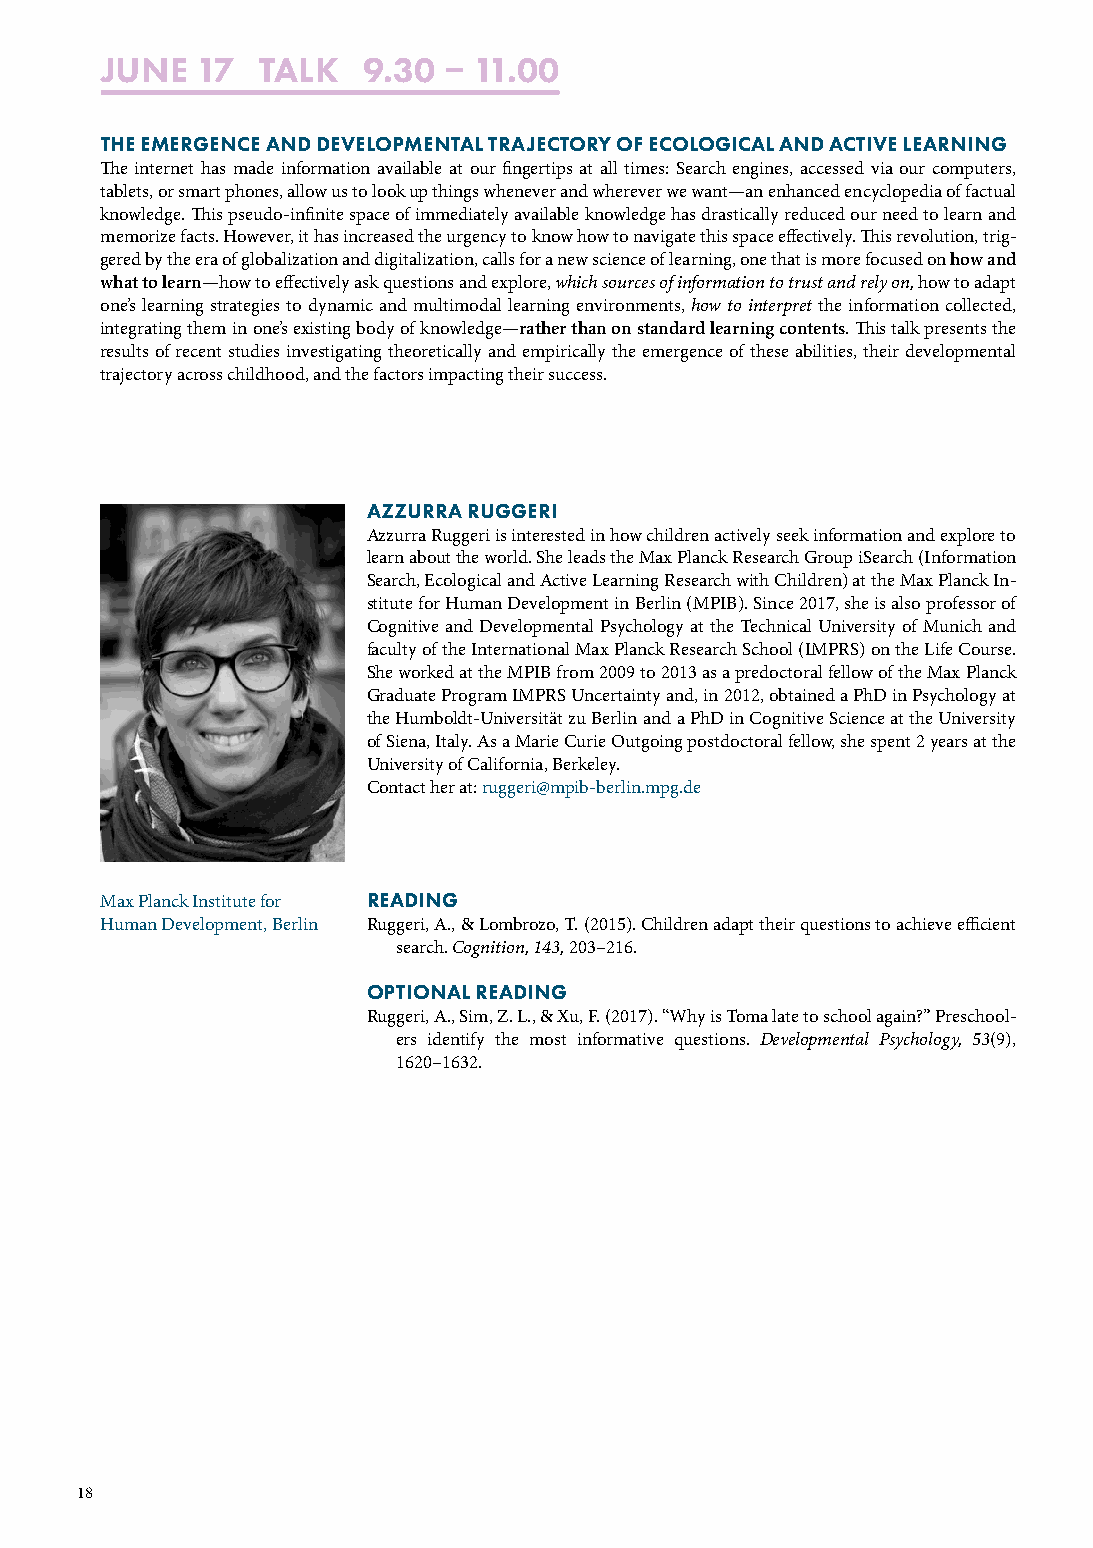
JUNE  17  TALK   9.30  11.00
 THE EMERGENCE AND DEVELOPMENTAL TRAJECTORY OF ECOLOGICAL AND ACTIVE LEARNING
 The internet has made information available at our fingertips at all times: Search engines, accessed via our computers,
 tablets, or smart phones, allow us to look up things whenever and wherever we want—an enhanced encyclopedia of factual
 knowledge. This pseudo-infinite space of immediately available knowledge has drastically reduced our need to learn and
 memorize facts. However, it has increased the urgency to know how to navigate this space effectively. This revolution, trig-
 gered by the era of globalization and digitalization, calls for a new science of learning, one that is more focused on how and
 what to learn—how to effectively ask questions and explore, which sources of information to trust and rely on, how to adapt
 one’s learning strategies to dynamic and multimodal learning environments, how to interpret the information collected,
 integrating them in one’s existing body of knowledge—rather than on standard learning contents. This talk presents the
 results of recent studies investigating theoretically and empirically the emergence of these abilities, their developmental
 trajectory across childhood, and the factors impacting their success.
 AZZURRA RUGGERI
 Azzurra Ruggeri is interested in how children actively seek information and explore to
 learn about the world. She leads the Max Planck Research Group iSearch (Information
 Search, Ecological and Active Learning Research with Children) at the Max Planck In-
 stitute for Human Development in Berlin (MPIB). Since 2017, she is also professor of
 Cognitive and Developmental Psychology at the Technical University of Munich and
 faculty of the International Max Planck Research School (IMPRS) on the Life Course.
 She worked at the MPIB from 2009 to 2013 as a predoctoral fellow of the Max Planck
 Graduate Program IMPRS Uncertainty and, in 2012, obtained a PhD in Psychology at
 the Humboldt-Universität zu Berlin and a PhD in Cognitive Science at the University
 of Siena, Italy. As a Marie Curie Outgoing postdoctoral fellow, she spent 2 years at the
 University of California, Berkeley.
 Contact her at: ruggeri@mpib-berlin.mpg.de
 Max Planck Institute for READING
 Human Development, Berlin Ruggeri, A., & Lombrozo, T. (2015). Children adapt their questions to achieve efficient
 search. Cognition, 143, 203–216.
 OPTIONAL READING
 Ruggeri, A., Sim, Z. L., & Xu, F. (2017). “Why is Toma late to school again?” Preschool-
 ers identify the most informative questions. Developmental Psychology, 53(9),
 1620–1632.
 18